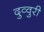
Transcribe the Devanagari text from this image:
दुव्वुरी